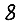
Digit: 8